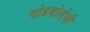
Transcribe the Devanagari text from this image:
गोडबोलेंची